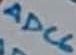
Text: ADC6